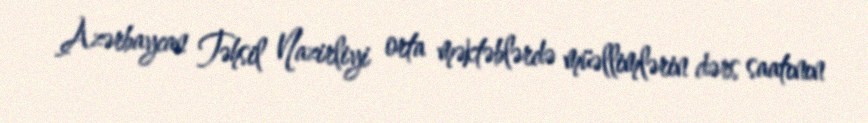
Azərbaycan Təhsil Nazirliyi orta məktəblərdə müəllimlərin dərs saatının